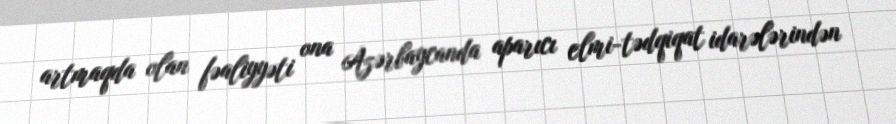
artmaqda olan fəaliyyəti ona Azərbaycanda aparıcı elmi-tədqiqat idarələrindən